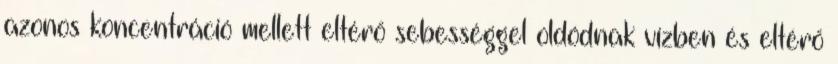
azonos koncentráció mellett eltérő sebességgel oldódnak vízben és eltérő